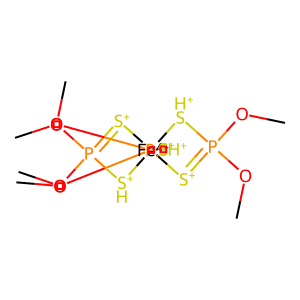
SMILES: COP1(OC)=[S+][Fe-4]23([S+]=P(OC)(OC)[SH+]2)([S+]=P(OC)(OC)[SH+]3)[SH+]1
Inhibits HIV replication: No